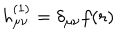
h _ { \mu \nu } ^ { ( 1 ) } = \delta _ { \mu \nu } f ( r )